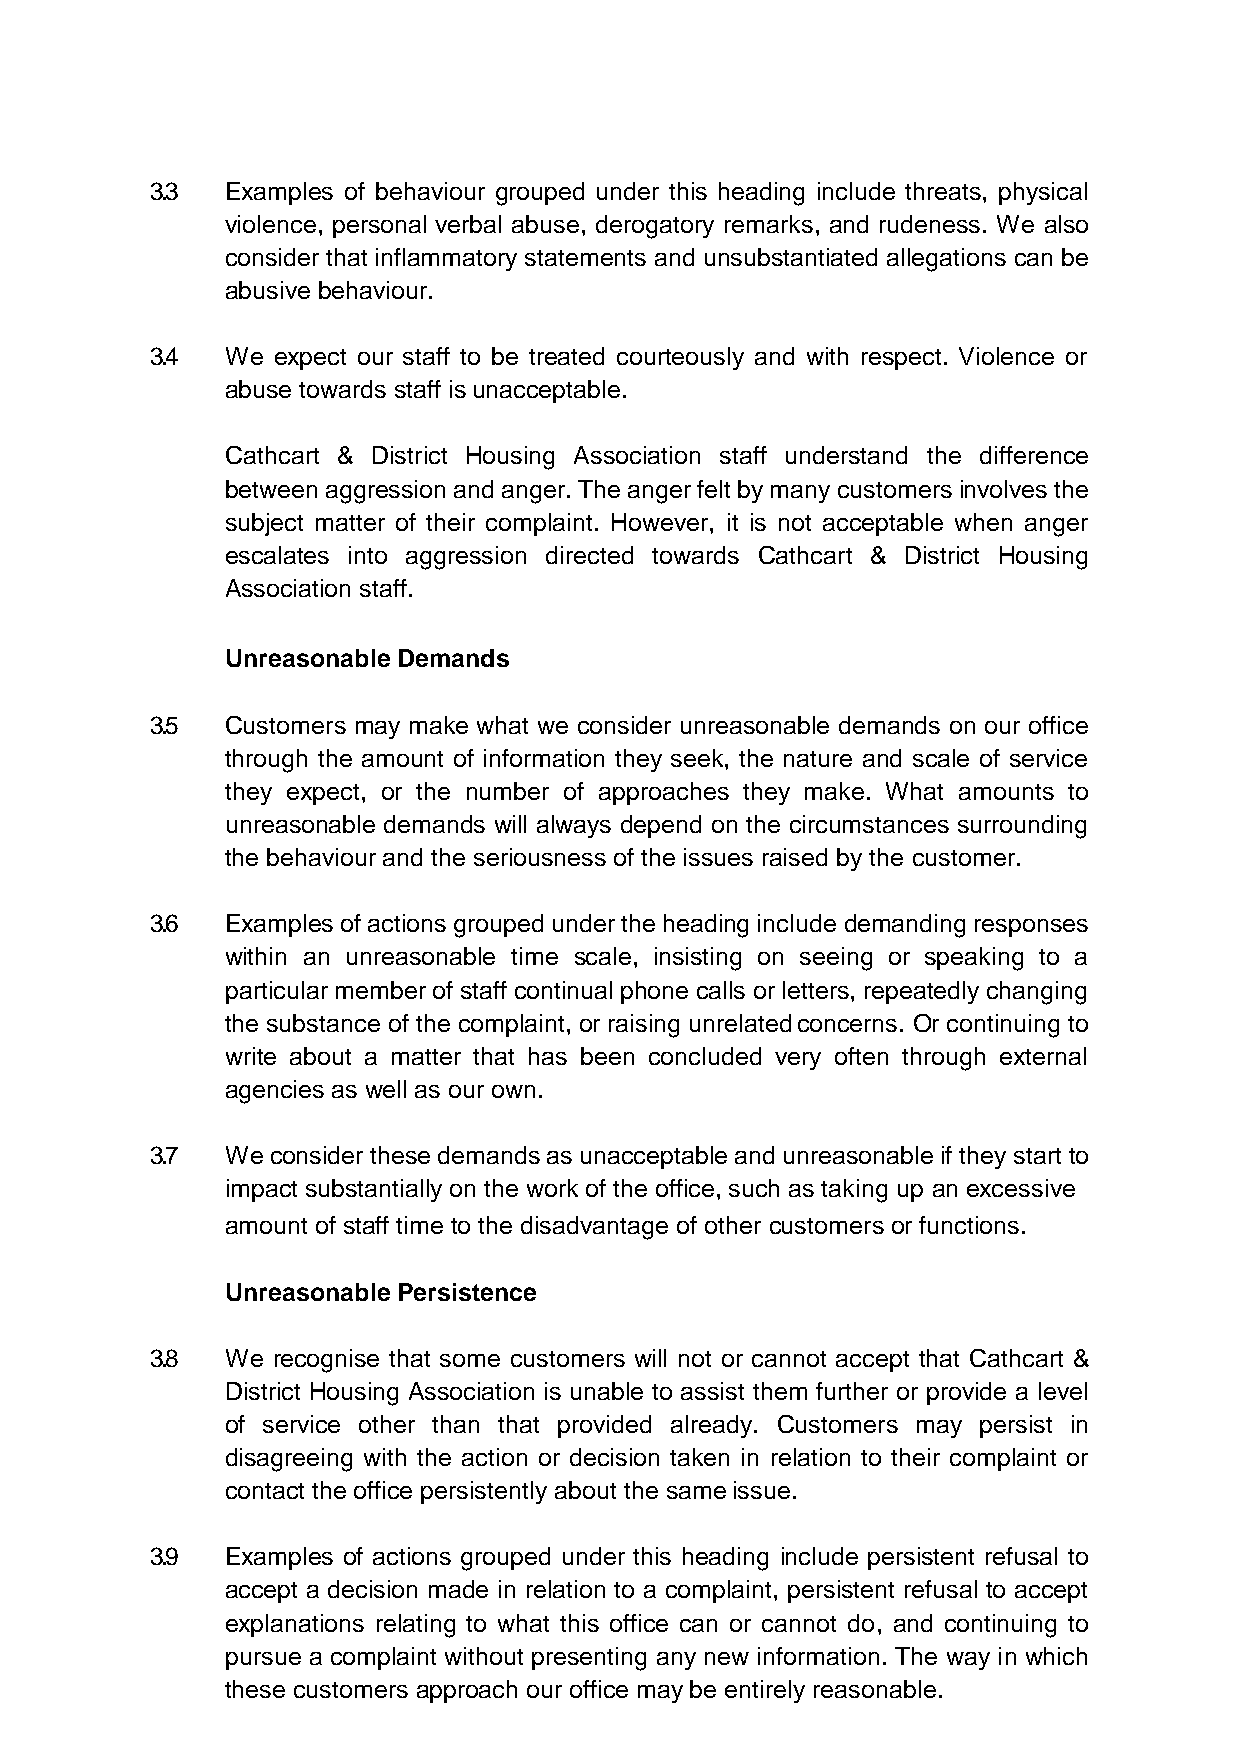
3.3  Examples of behaviour grouped under this heading include threats, physical
 violence, personal verbal abuse, derogatory remarks, and rudeness. We also
 consider that inflammatory statements and unsubstantiated allegations can be
 abusive behaviour.
 3.4  We expect our staff to be treated courteously and with respect. Violence or
 abuse towards staff is unacceptable.
 Cathcart & District Housing Association staff understand the difference
 between aggression and anger. The anger felt by many customers involves the
 subject matter of their complaint. However, it is not acceptable when anger
 escalates into aggression directed towards Cathcart & District Housing
 Association staff.
 Unreasonable Demands
 3.5  Customers may make what we consider unreasonable demands on our office
 through the amount of information they seek, the nature and scale of service
 they expect, or the number of approaches they make. What amounts to
 unreasonable demands will always depend on the circumstances surrounding
 the behaviour and the seriousness of the issues raised by the customer.
 3.6  Examples of actions grouped under the heading include demanding responses
 within an unreasonable time scale, insisting on seeing or speaking to a
 particular member of staff continual phone calls or letters, repeatedly changing
 the substance of the complaint, or raising unrelated concerns. Or continuing to
 write about a matter that has been concluded very often through external
 agencies as well as our own.
 3.7  We consider these demands as unacceptable and unreasonable if they start to
 impact substantially on the work of the office, such as taking up an excessive
 amount of staff time to the disadvantage of other customers or functions.
 Unreasonable Persistence
 3.8  We recognise that some customers will not or cannot accept that Cathcart &
 District Housing Association is unable to assist them further or provide a level
 of service other than that provided already. Customers may persist in
 disagreeing with the action or decision taken in relation to their complaint or
 contact the office persistently about the same issue.
 3.9  Examples of actions grouped under this heading include persistent refusal to
 accept a decision made in relation to a complaint, persistent refusal to accept
 explanations relating to what this office can or cannot do, and continuing to
 pursue a complaint without presenting any new information. The way in which
 these customers approach our office may be entirely reasonable.